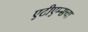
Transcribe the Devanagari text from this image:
एटीएम्सचा